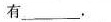
有___.